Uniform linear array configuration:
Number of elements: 64
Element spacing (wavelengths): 0.25
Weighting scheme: kaiser
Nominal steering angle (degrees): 15
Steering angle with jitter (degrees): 16.006
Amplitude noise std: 0.05
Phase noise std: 0.05

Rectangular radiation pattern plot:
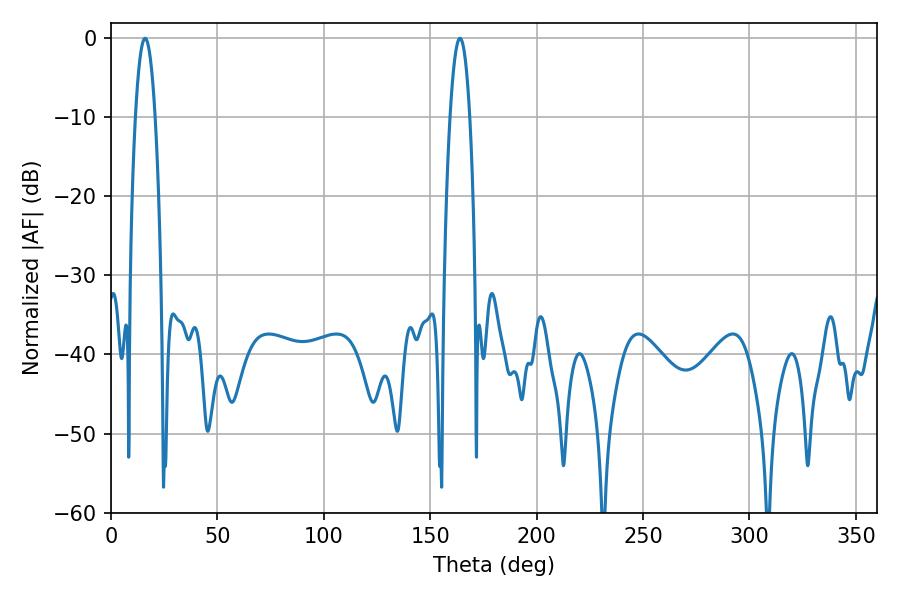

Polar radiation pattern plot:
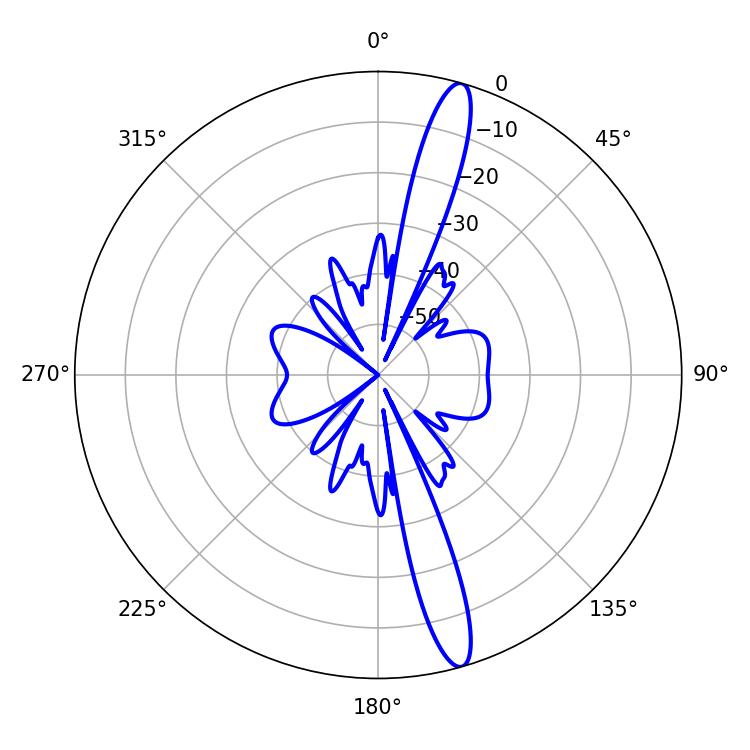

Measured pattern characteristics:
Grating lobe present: FALSE
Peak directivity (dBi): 15.742
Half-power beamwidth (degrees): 5.04
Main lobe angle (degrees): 16.02